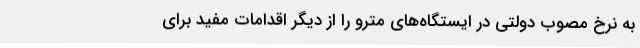
به نرخ مصوب دولتی در ایستگاه‌های مترو را از دیگر اقدامات مفید برای